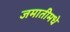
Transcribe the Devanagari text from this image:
जमातीमधे